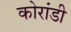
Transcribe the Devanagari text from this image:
कोरांडी